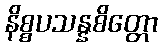
နိစ္စပသန္နစိတ္တော